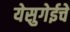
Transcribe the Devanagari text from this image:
येसुगेईचे